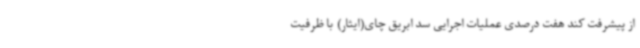
از پیشرفت کند هفت درصدی عملیات اجرایی سد ابریق چای(ایثار) با ظرفیت